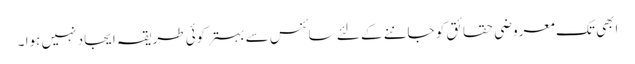
ابھی تک معروضی حقائق کو جاننے کے لئے سائنس سے بہتر کوئی طریقہ ایجاد نہیں ہوا ۔